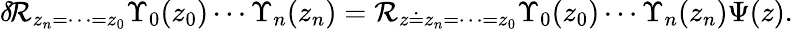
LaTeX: \delta\! {\cal R}_{z_{n}=\cdots=z_{0}}\Upsilon_{0}(z_{0})\cdots\Upsilon_{n}(z_{n})={\cal R}_{z\doteq z_{n}=\cdots=z_{0}}\Upsilon_{0}(z_{0})\cdots\Upsilon_{n}(z_{n})\Psi(z).